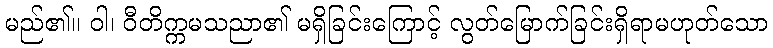
မည်၏။ ဝါ၊ ဝီတိက္ကမသညာ၏ မရှိခြင်းကြောင့် လွတ်မြောက်ခြင်းရှိရာမဟုတ်သော